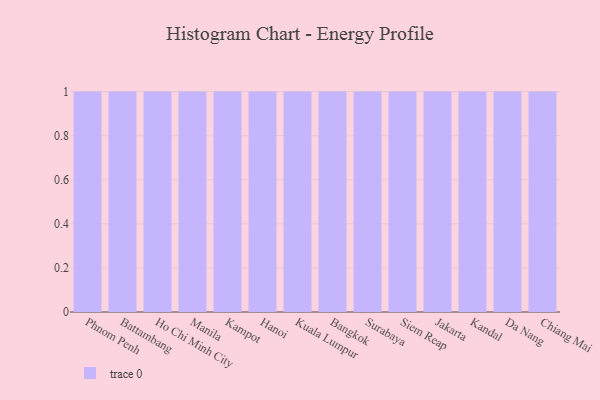
{"axis": {"x": "City", "y": "Latency (ms)"}, "legend": [""], "data": [{"x": "Phnom Penh", "y": 23, "type": ""}, {"x": "Battambang", "y": 99, "type": ""}, {"x": "Ho Chi Minh City", "y": 43, "type": ""}, {"x": "Manila", "y": 5, "type": ""}, {"x": "Kampot", "y": 43, "type": ""}, {"x": "Hanoi", "y": 31, "type": ""}, {"x": "Kuala Lumpur", "y": 75, "type": ""}, {"x": "Bangkok", "y": 14, "type": ""}, {"x": "Surabaya", "y": 46, "type": ""}, {"x": "Siem Reap", "y": 57, "type": ""}, {"x": "Jakarta", "y": 15, "type": ""}, {"x": "Kandal", "y": 100, "type": ""}, {"x": "Da Nang", "y": 15, "type": ""}, {"x": "Chiang Mai", "y": 53, "type": ""}]}